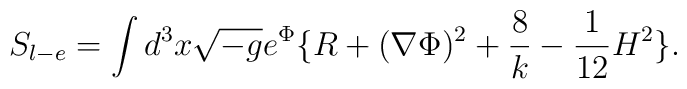
S_{l-e} = \int d^3 x \sqrt{-g} e^{\Phi}   \big \{ R + (\nabla \Phi)^2 + {8 \over k} - {1 \over 12} H^2  \big \}.